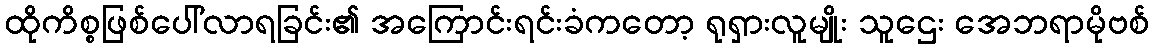
ထိုကိစ္စဖြစ်ပေါ်လာရခြင်း၏ အကြောင်းရင်းခံကတော့ ရုရှားလူမျိုး သူဌေး အေဘရာမိုဗစ်